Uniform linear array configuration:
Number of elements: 8
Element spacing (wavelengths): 0.25
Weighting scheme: hamming
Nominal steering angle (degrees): -15
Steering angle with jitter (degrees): -16.893
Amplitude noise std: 0.05
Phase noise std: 0.05

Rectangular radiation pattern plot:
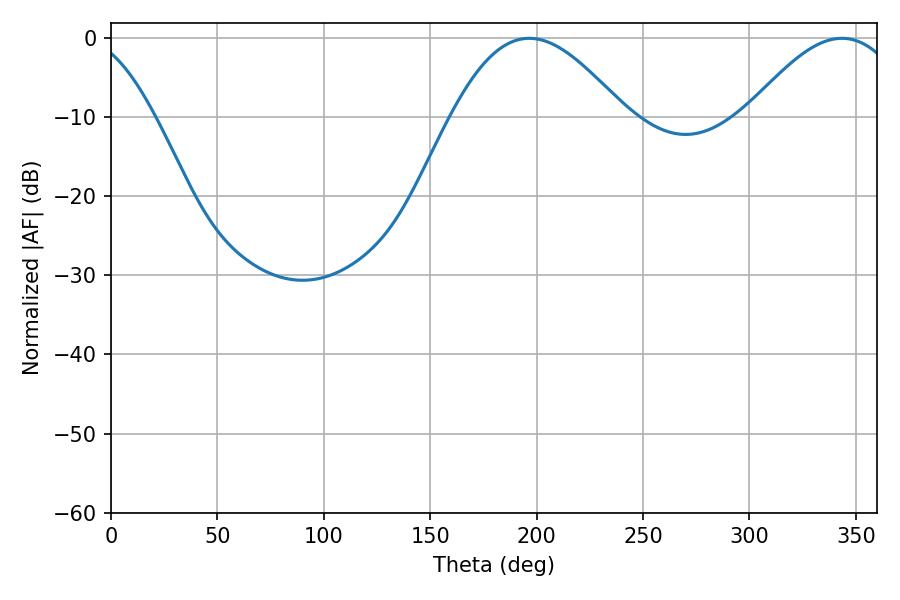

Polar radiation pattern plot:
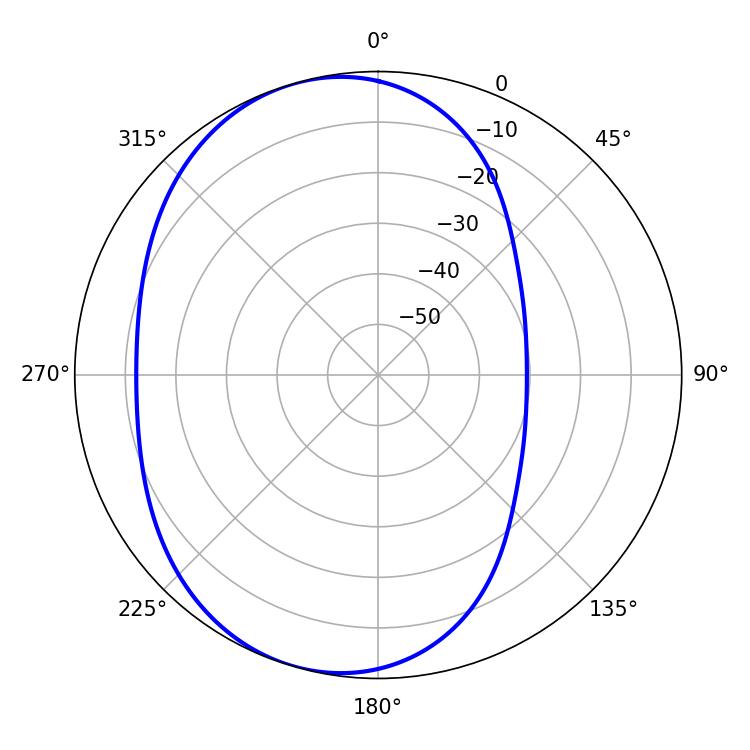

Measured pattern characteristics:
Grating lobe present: FALSE
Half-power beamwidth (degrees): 44.1
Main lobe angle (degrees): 196.56